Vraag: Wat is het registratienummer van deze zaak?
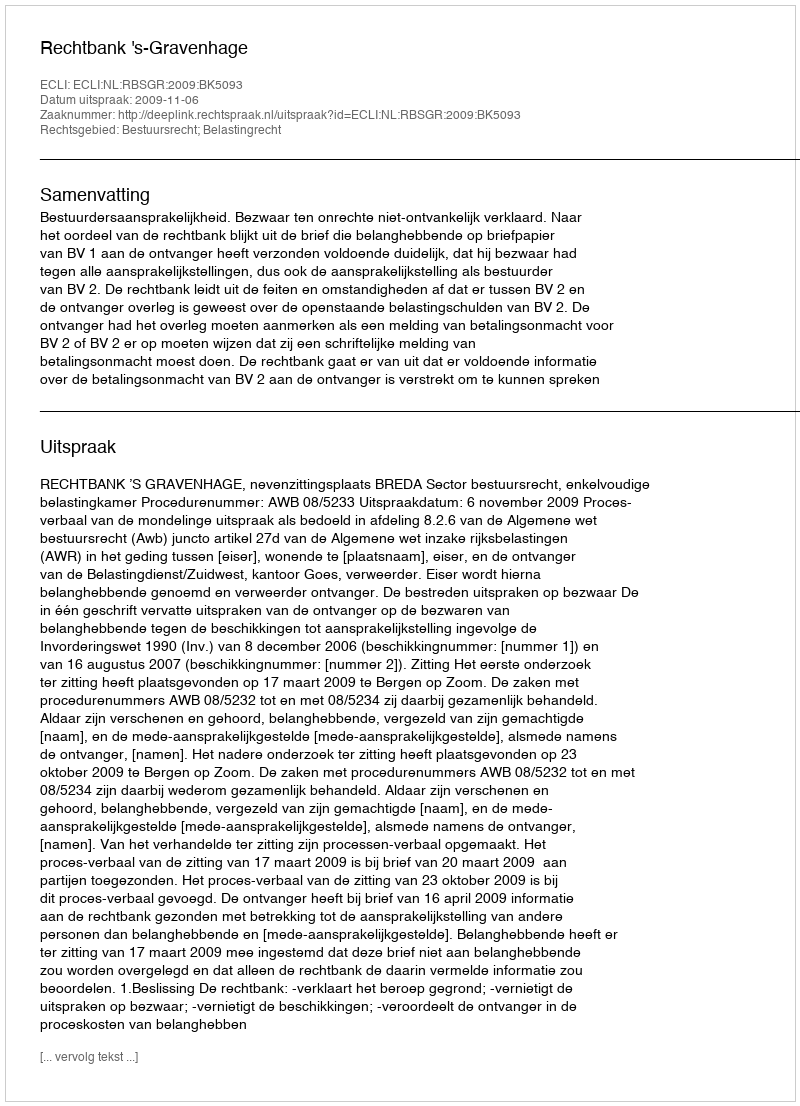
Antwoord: http://deeplink.rechtspraak.nl/uitspraak?id=ECLI:NL:RBSGR:2009:BK5093